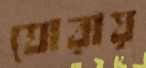
ঘোরায়